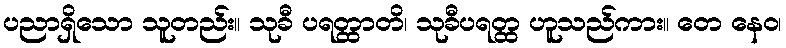
ပညာရှိသော သူတည်း။ သုခီ ပရတ္ထာတိ၊ သုခီပရတ္ထ ဟူသည်ကား။ တေ နေဝ၊